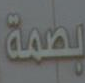
بسة